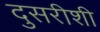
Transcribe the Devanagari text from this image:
दुसरीशी